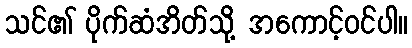
သင်၏ ပိုက်ဆံအိတ်သို့ အကောင့်ဝင်ပါ။